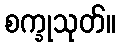
စက္ခုသုတ်။